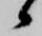
候